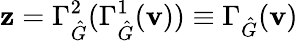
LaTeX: \mathbf{z}=\Gamma_{\hat{G}}^{2}(\Gamma_{\hat{G}}^{1}(\mathbf{v}))\equiv\Gamma_{\hat{G}}(\mathbf{v})